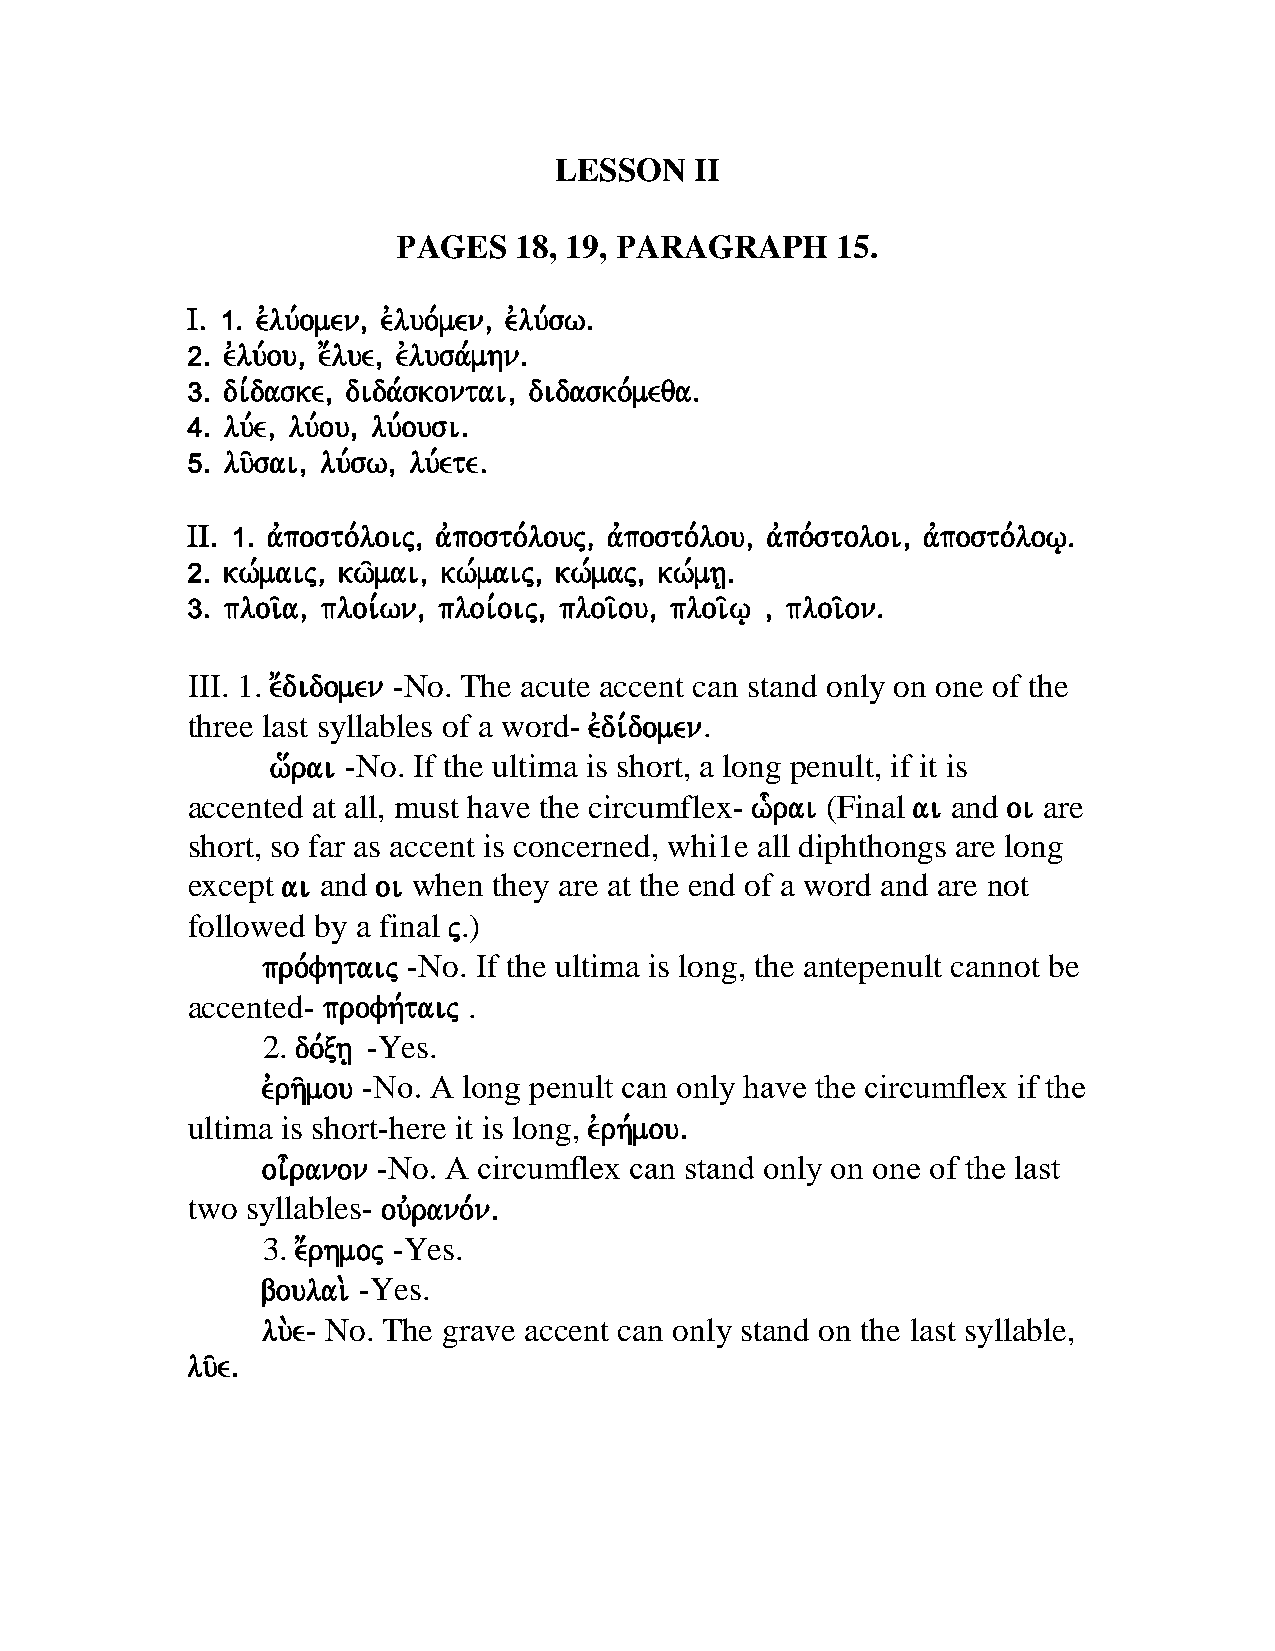
LESSON   II
 ΡAGES   18, 19, ΡARAGRAPH    15.
 I) 1) evlu,omen( evluo,men( evlu,sw)
 2) evlu,ou( e;lue( evlusam, hn)
 3) di,daske( didas, kontai( didasko,meqa)
 4) lu,e( luo, u( lu,ousi)
 5) lu/sai( lu,sw( lu,ete)
 II) 1) apv osto,loij( avposto,louj( apv osto,lou( apv o,stoloi( apv osto,low|)
 2) kw,maij( kw/mai( kw,maij( kw,maj( kw,mh|)
 3) ploi/a( ploi,wn( ploi,oij( ploi/ou( ploi/w | ( ploi/on)
 III. 1. e;didomen -No. The acute accent can stand only on one of the
 three last syllables of a word- evdi,domen.
 w[rai -No. If the ultima is short, a long penult, if it is
 accented at all, must have the circumflex- w-rai (Final ai and oi are
 short, so far as accent is concerned, whi1e all diphthongs are long
 except ai and oi when they are at the end of a word and are not
 followed by a final j.)
 pro,fhtaij -No. If the ultima is long, the antepenult cannot be
 accented- profh,taij .
 2. do,xh| -Yes.
 evrh/mou -No. Α long penult can only have the circumflex if the
 ultima is short-here it is long, evrh,mou)
 oi=ranon -No. Α circumflex can stand only on one of the last
 two syllables- ouvrano,n)
 3. e;rhmoj -Yes.
 boulai. -Yes.
 lu.e- No. The grave accent can only stand on the last syllable,
 lu/e)